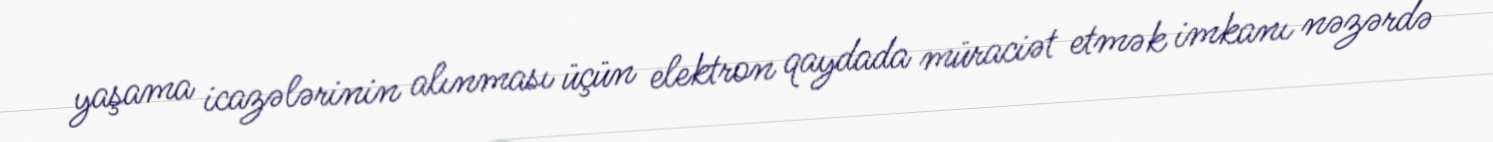
yaşama icazələrinin alınması üçün elektron qaydada müraciət etmək imkanı nəzərdə